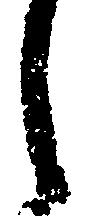
し